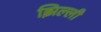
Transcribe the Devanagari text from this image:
झिल्‍ली